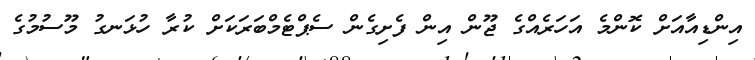
އިންޑިއާއަށް ކޮންމެ އަހަރެއްގެ ޖޫން އިން ފެށިގެން ސެޕްޓެމްބަރަކަށް ކުރާ ހުޅަނގު މޫސުމުގެ